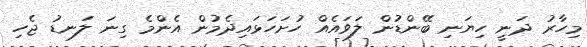
މިހާރު ދަނީ ހިޔަނި ބޭންޑުން ލަވައެއް ހުށަހަޅައިދެމުން އެންމެ ގިނަ ލަނޑު ޖެހި